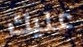
عليك